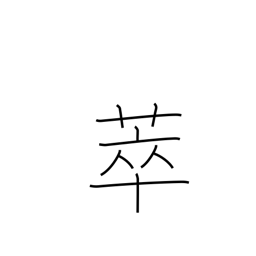
Meaning: collect